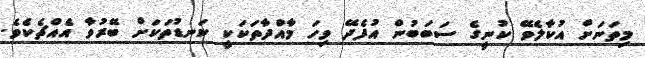
މިތަނަށް އުކާލެވޭ ކުނީގެ ސަބަބުން އުފެދޭ ވިހަ މާއްދާތަކަކީ ކަނޑުތަކަށް ބޭރުވާ އެއްޗެކެވެ.